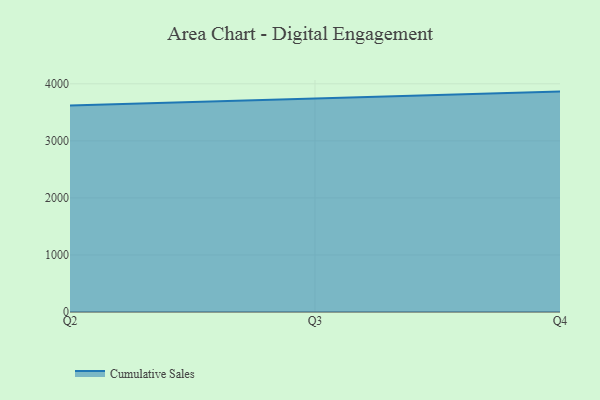
{"axis": {"x": "Quarter", "y": "Bounce Rate (%)"}, "legend": ["Cumulative Sales"], "data": [{"x": "Q2", "y": 3620.0, "type": "Cumulative Sales"}, {"x": "Q3", "y": 3747.2, "type": "Cumulative Sales"}, {"x": "Q4", "y": 3863.4, "type": "Cumulative Sales"}]}